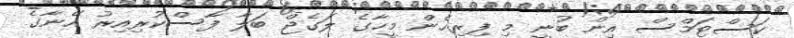
ކަސްޓަމްސް އިން ބުނީ މި ފިރިހެން މީހާގެ ލަގެޖް ބަލާ ފާސްކުރިއިރު އޭނާގެ